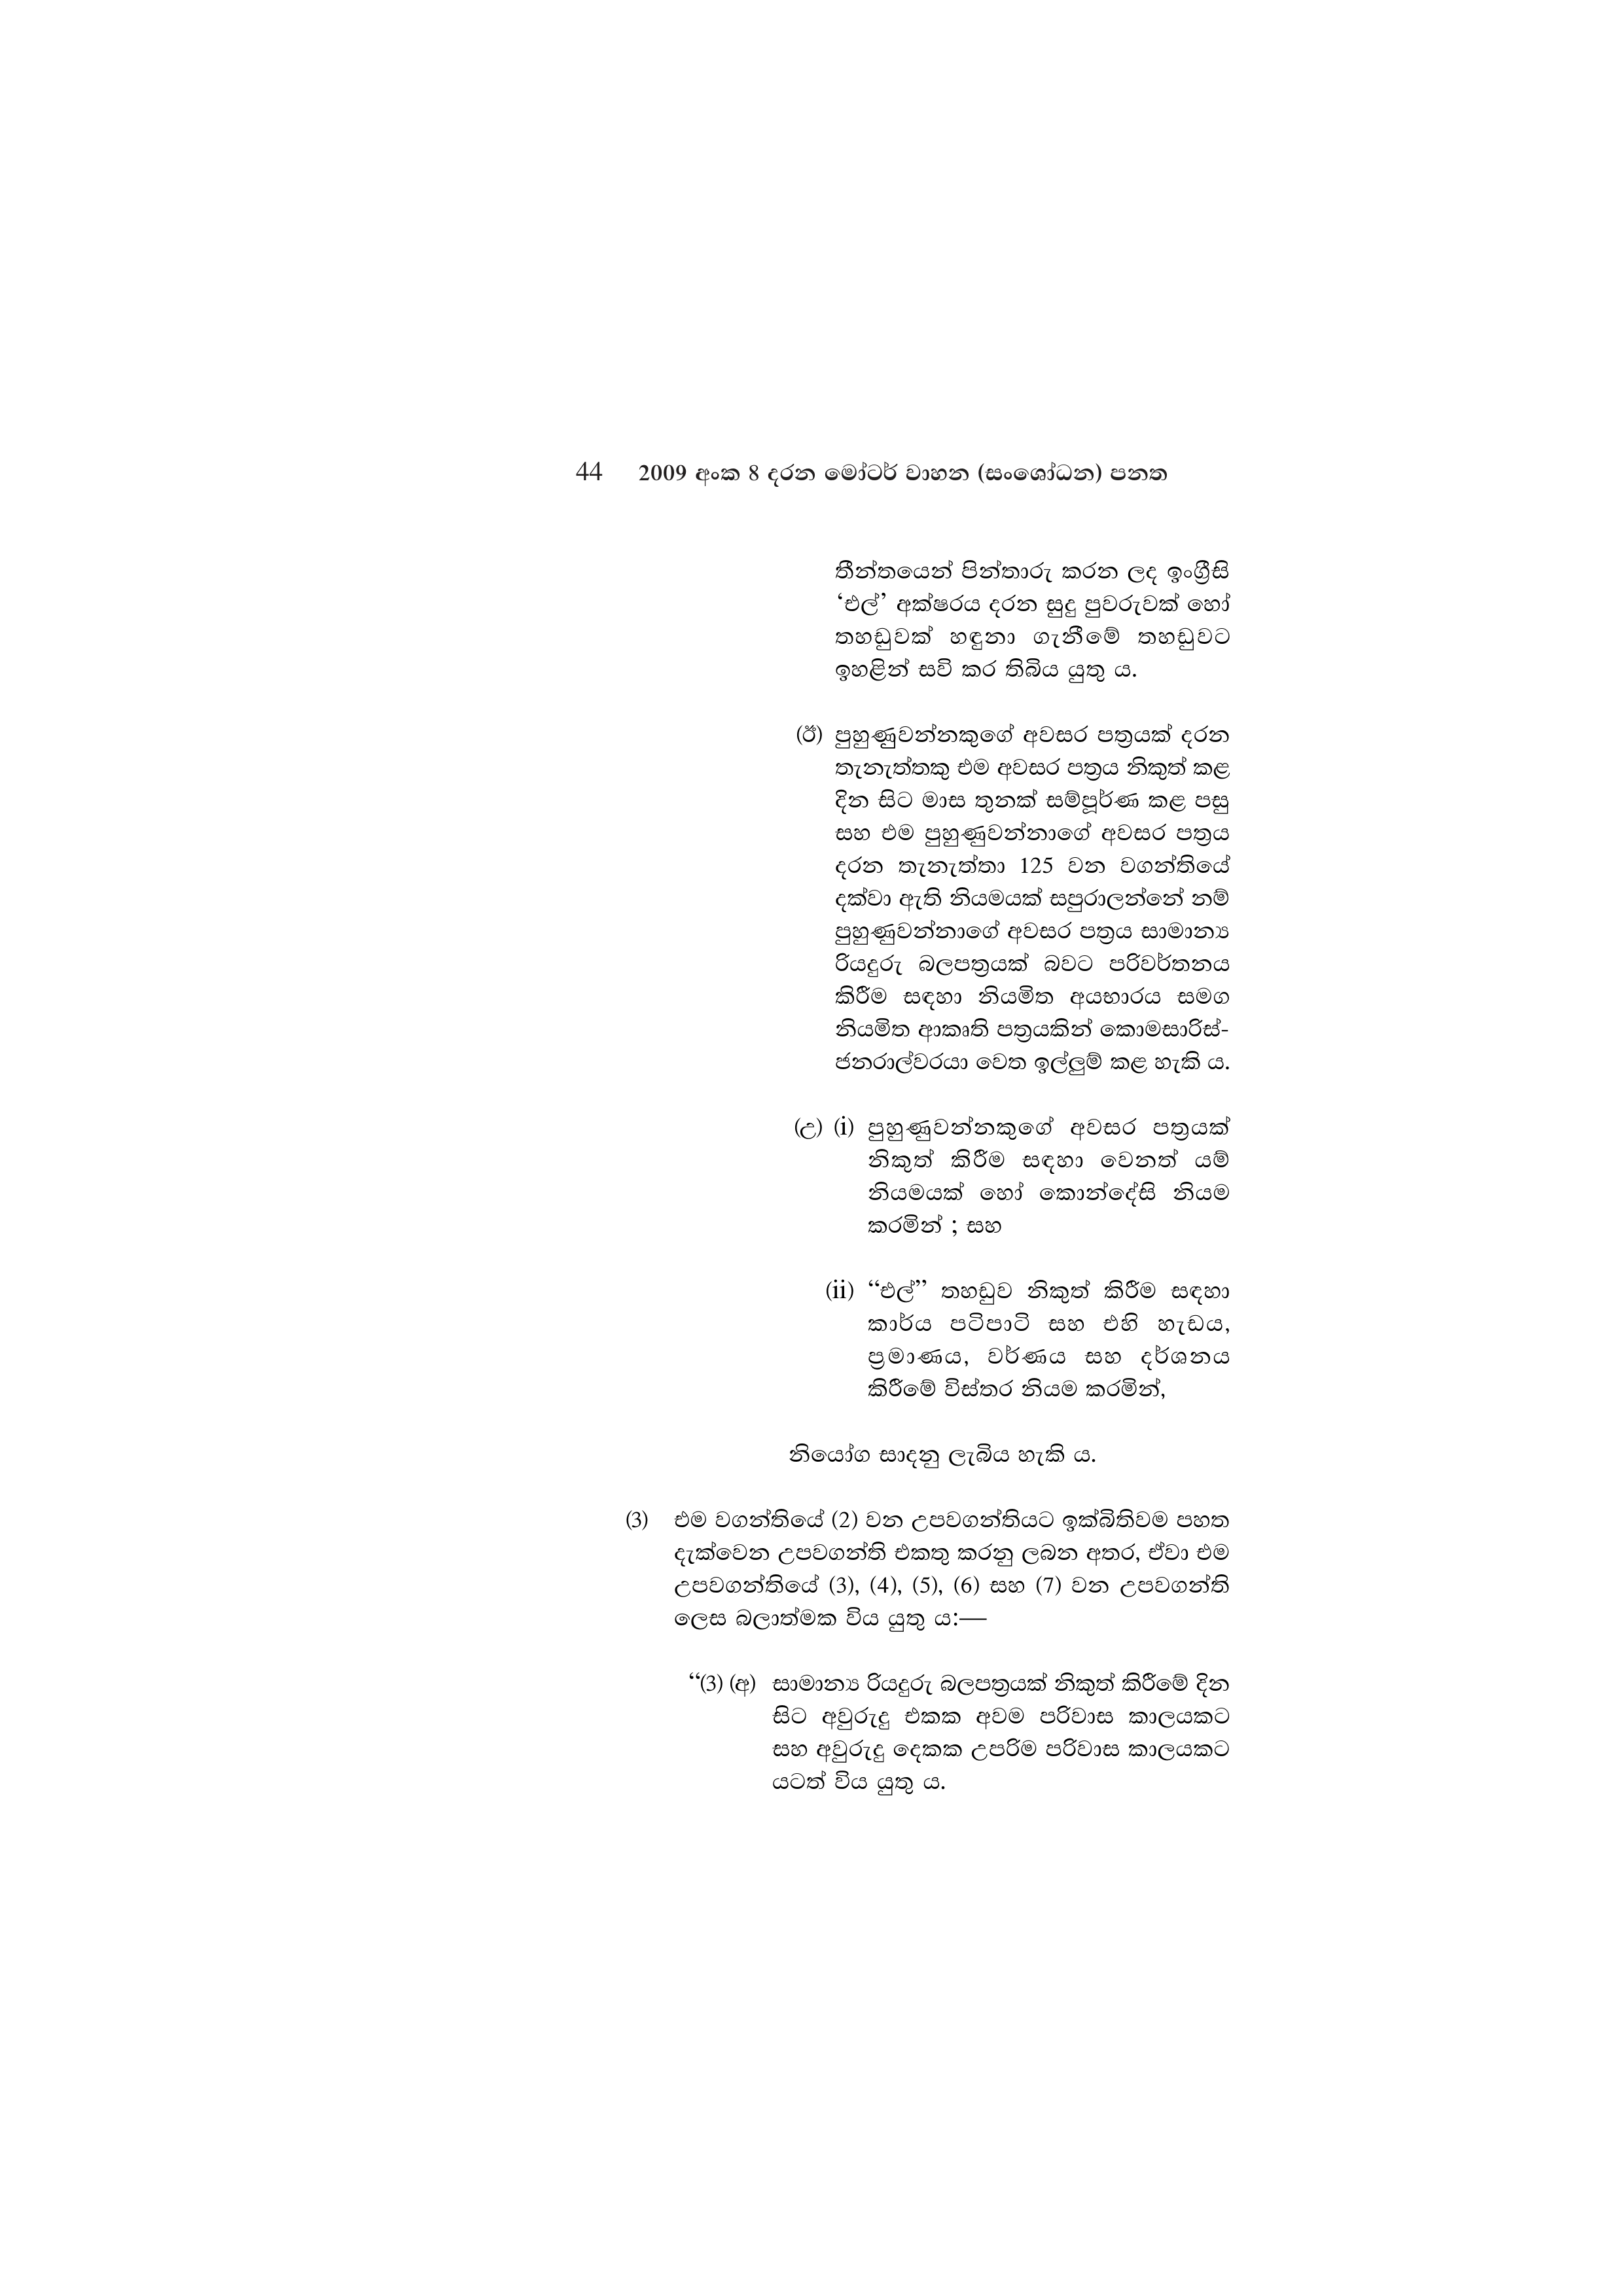
44 2009 අංක 8 දරන මෝටර් වාහන (සංශෝධන) පනත

තීන්තයෙන් පින්තාරු කරන ලද ඉංග්‍රීසි
‘එල්’ අක්ෂරය දරන සුදු පුවරුවක් හෝ
තහඩුවක් හඳුනා ගැනීමේ තහඩුවට
ඉහළින් සවි කර තිබිය යුතු ය.

(ඊ) පුහුණුවන්නකුගේ අවසර පත්‍රයක් දරන
තැනැත්තකු එම අවසර පත්‍රය නිකුත් කළ
දින සිට මාස තුනක් සම්පූර්ණ කළ පසු
සහ එම පුහුණුවන්නාගේ අවසර පත්‍රය
දරන තැනැත්තා 125 වන වගන්තියේ
දක්වා ඇති නියමයක් සපුරාලන්නේ නම්
පුහුණුවන්නාගේ අවසර පත්‍රය සාමාන්‍ය
රියදුරු බලපත්‍රයක් බවට පරිවර්තනය
කිරීම සඳහා නියමිත අයභාරය සමග
නියමිත ආකෘති පත්‍රයකින් කොමසාරිස්-
ජනරාල්වරයා වෙත ඉල්ලුම් කළ හැකි ය.

(උ) (i) පුහුණුවන්නකුගේ අවසර පත්‍රයක්
නිකුත් කිරීම සඳහා වෙනත් යම්
නියමයක් හෝ කොන්දේසි නියම
කරමින් ; සහ

(ii) “එල්” තහඩුව නිකුත් කිරීම සඳහා
කාර්ය පටිපාටි සහ එහි හැඩය,
ප්‍රමාණය, වර්ණය සහ දර්ශනය
කිරීමේ විස්තර නියම කරමින්,

නියෝග සාදනු ලැබිය හැකි ය.

(3) එම වගන්තියේ (2) වන උපවගන්තියට ඉක්බිතිවම පහත
දැක්වෙන උපවගන්ති එකතු කරනු ලබන අතර, ඒවා එම
උපවගන්තියේ (3), (4), (5), (6) සහ (7) වන උපවගන්ති
ලෙස බලාත්මක විය යුතු ය:—

“(3) (අ) සාමාන්‍ය රියදුරු බලපත්‍රයක් නිකුත් කිරීමේ දින
සිට අවුරුදු එකක අවම පරිවාස කාලයකට
සහ අවුරුදු දෙකක උපරිම පරිවාස කාලයකට
යටත් විය යුතු ය.